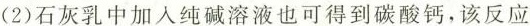
(2)石灰乳中加入纯碱溶液也可得到碳酸钙，该反应